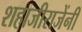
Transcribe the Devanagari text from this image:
शहाजीराजेंनी